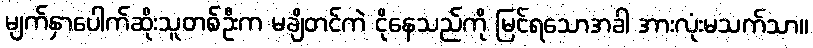
မျက်နှာပေါက်ဆိုးသူတစ်ဦးက မချိတင်ကဲ ငိုနေသည်ကို မြင်ရသောအခါ အားလုံးမသက်သာ။